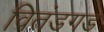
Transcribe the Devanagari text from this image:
वितंडगड